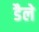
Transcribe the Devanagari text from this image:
डैले